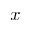
x